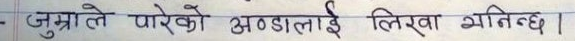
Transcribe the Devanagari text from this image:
जुम्राले पारेको अण्डालाई लिखा भनिन्छ।